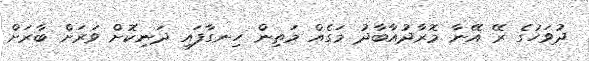
ދުވަހުގެ ރޭ އޭނާ މޮރާދުއާބާދު މަގެއް މަތިން ހިނގާފައި ދަނިކޮށް ވަރަށް ބާރަށް